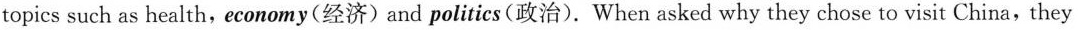
topics such as health, economy(经济)and politics(政治).When asked why they chose to visit China,they